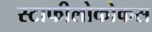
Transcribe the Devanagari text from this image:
स्टाफीलोकोकस